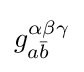
g_{a{\bar {b}}}^{\alpha \beta \gamma }